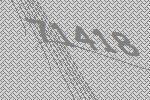
71418